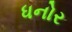
ધનોર